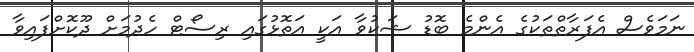
ނަމަވެސް އެފަރާތްތަކުގެ އެންމެ ބޮޑު ޝަކުވާ އަކީ އަތޮޅުގައި ރިސޯޓް ހެދުމަށް ދޫކޮށްފައިވާ